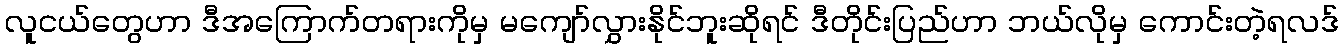
လူငယ်တွေဟာ ဒီအကြောက်တရားကိုမှ မကျော်လွှားနိုင်ဘူးဆိုရင် ဒီတိုင်းပြည်ဟာ ဘယ်လိုမှ ကောင်းတဲ့ရလဒ်